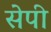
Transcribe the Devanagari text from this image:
सेपी